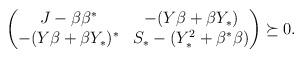
LaTeX: \begin{align*} \begin{pmatrix} J- \beta \beta^* & -(Y\beta + \beta Y_*) \\ -(Y\beta + \beta Y_*)^* & S_* -(Y_*^2 + \beta^* \beta) \end{pmatrix} \succeq 0.\end{align*}